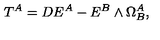
T ^ { A } = D E ^ { A } - E ^ { B } \wedge \Omega _ { B } ^ { A } ,